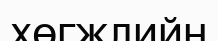
хөгжлийн